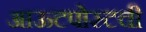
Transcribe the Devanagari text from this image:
आऊटपोस्टची